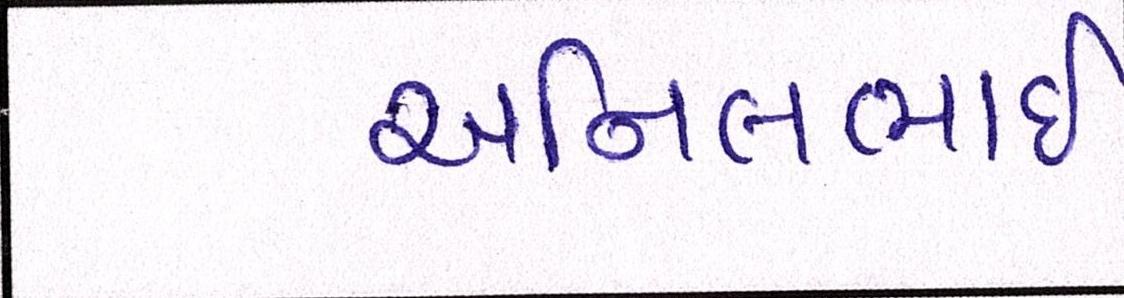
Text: અનિલભાઇ